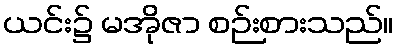
ယင်း၌ မအိုဇာ စဉ်းစားသည်။